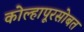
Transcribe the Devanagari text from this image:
कोल्हापूरसोबत